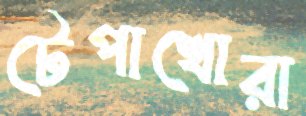
টেপাখোরা